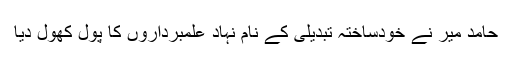
حامد میر نے خودساختہ تبدیلی کے نام نہاد علمبرداروں کا پول کھول دیا